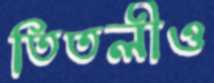
তিতলীও